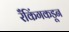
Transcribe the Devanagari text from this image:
रँकिंगकडून